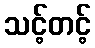
သင့်တင့်